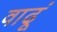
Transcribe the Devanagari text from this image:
वाढूं